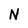
Character: N